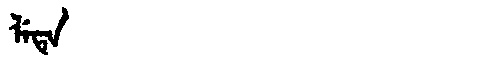
Manchu: ᠯᡝᡨᡝ
Romanization: LETE